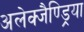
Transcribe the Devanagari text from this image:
अलेक्जैण्ड्रिया